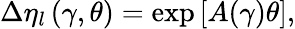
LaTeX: \Delta\eta_{l}\left(\gamma,\theta\right)=\mathrm{exp}\left[A(\gamma)\theta\right],